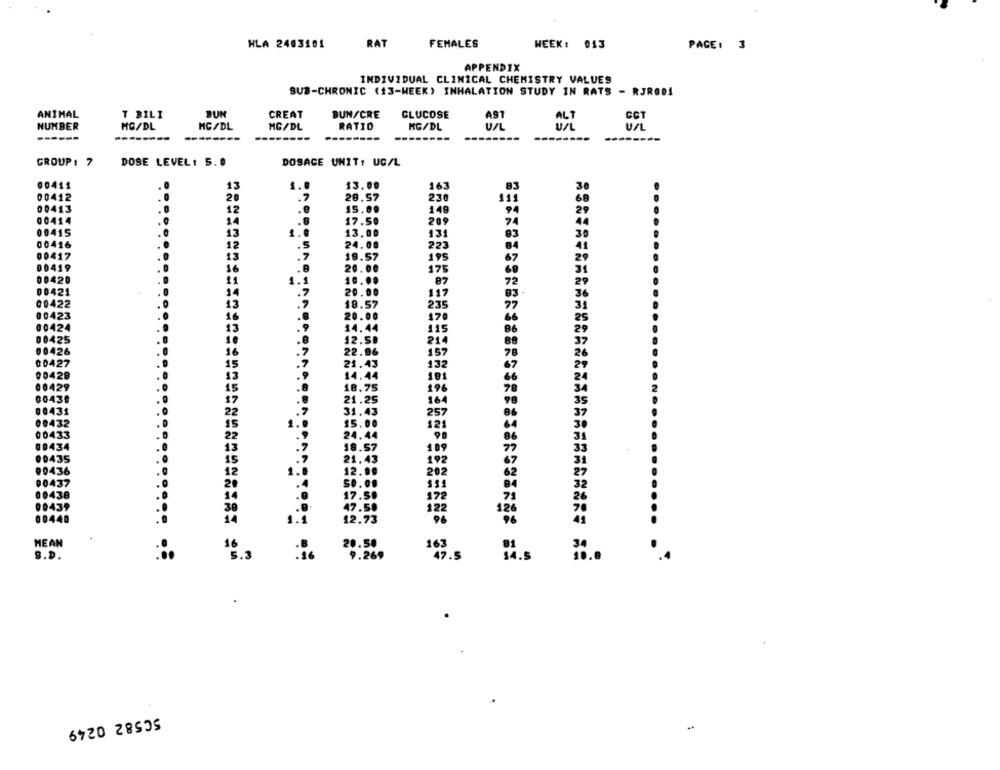
HLA 2403101
RAT
FEMALES
WEEK : 013
PAGE: 3
APPENDIX
INDIVIDUAL CLINICAL CHEMISTRY VALUES
SUB-CHRONIC (13-WEEK) INHALATION STUDY IN RATS - RJRO01
ANIMAL
T BILI
BUN
CREAT
BUN/CRE
GLUCOSE
AST
ALT
GCT
NUMBER
MG/DL
MG/DL
MG/DL
RATIO
MG/DL
U/L
Un
------
------
--------
-----
-------
---
---
------
GROUP : 7
DOSE LEVEL: 5.0
DOSAGE UNIT: UG/L
00411
13.00
163
13
1.0
83
00412
20
28.57
230
111
00413
15.00
149
00414
17.50
209
74
00415
t ..
13.00
131
00416
24.00
223
84
00417
19.57
195
67
00419
20.00
175
00420
1.1
10.00
87
72
00421
20.00
117
00422
18.57
235
00423
20.00
170
00424
14.44
115
00425
12.5.
2i
00426
22.96
00427
21.43
132
00428
14.44
00429
196
00439
21.25
164
00431
31.43
257
00432
15.00
121
00433
24.44
00434
18.57
109
00435
21.4
192
67
90436
12.80
202
62
00437
00438
178
71
00439
122
126
00440
12.73
MEAN
20.50
S.D.
14.5
SC582 0249